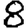
Digit: 8